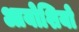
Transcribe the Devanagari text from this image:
आयोशियो